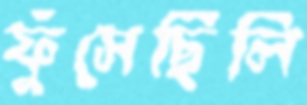
ফুঁসেছিলি